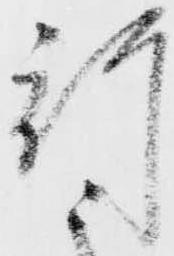
行